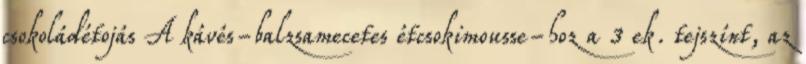
csokoládétojás A kávés-balzsamecetes étcsokimousse-hoz a 3 ek. tejszínt, az